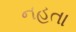
નહતા